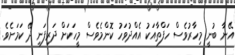
އޭނާ ބުނީ މިހާރުވެސް ހަފްތާއަކު އެއްދުވަހު ކޮންމެވެސް މީހަކަށް ދަރިފަނި ދޭ ކަމަށެވެ.